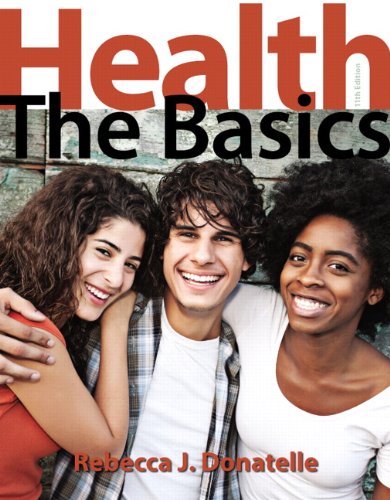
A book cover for Health: The Basics (11th Edition); Rebecca J. Donatelle; Health, Fitness & Dieting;